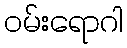
ဝမ်းရောဂါ